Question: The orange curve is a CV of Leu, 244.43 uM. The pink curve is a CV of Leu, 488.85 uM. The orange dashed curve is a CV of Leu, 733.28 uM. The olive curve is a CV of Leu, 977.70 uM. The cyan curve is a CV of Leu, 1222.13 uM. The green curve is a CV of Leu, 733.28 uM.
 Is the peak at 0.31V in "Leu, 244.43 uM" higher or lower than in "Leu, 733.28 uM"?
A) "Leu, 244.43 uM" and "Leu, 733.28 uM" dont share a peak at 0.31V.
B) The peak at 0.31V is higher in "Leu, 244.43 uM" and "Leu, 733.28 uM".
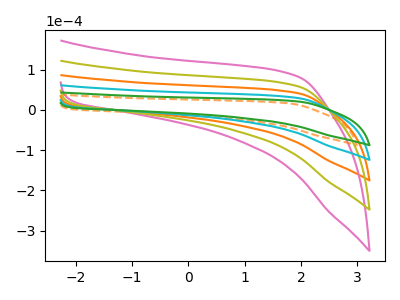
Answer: <think>The orange curve "Leu, 244.43 uM" has no peaks. The pink curve "Leu, 488.85 uM" has no peaks. The orange dashed curve "Leu, 733.28 uM" has no peaks. The olive curve "Leu, 977.70 uM" has no peaks. The cyan curve "Leu, 1222.13 uM" has no peaks. The green curve "Leu, 733.28 uM" has no peaks.</think>
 <answer>A) "Leu, 244.43 uM" and "Leu, 733.28 uM" dont share a peak at 0.31V.</answer>
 <eval>A</eval>